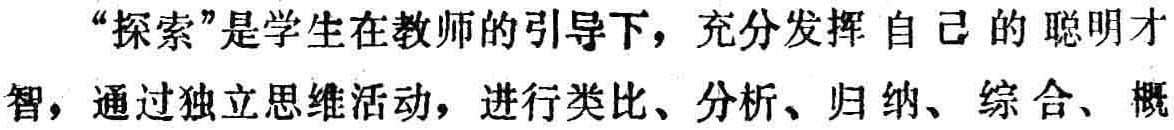
“探索”是学生在教师的引导下，充分发挥自己的聪明才智，通过独立思维活动，进行类比、分析、归纳、综合、概